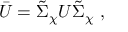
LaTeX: \bar { U } = \tilde { \Sigma } _ { \chi } U \tilde { \Sigma } _ { \chi } \ ,